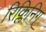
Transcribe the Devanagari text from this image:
रिक्लिनिग्